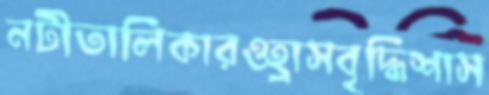
নটীতালিকারওহ্রাসবৃদ্ধিশাস